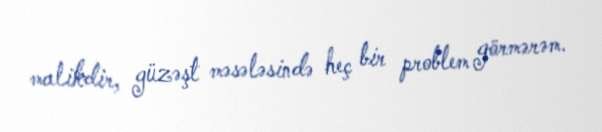
malikdir, güzəşt məsələsində heç bir problem görmərəm.